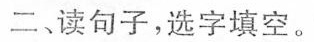
二、读句子，选字填空。